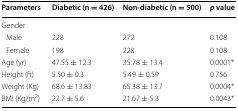
<table><thead><tr><td><b>Parameters</b></td><td><b>Diabetic (n = 426)</b></td><td><b>Non-diabetic (n = 500)</b></td><td><b><i>p</i> value</b></td></tr></thead><tbody><tr><td colspan="4">Gender</td></tr><tr><td> Male</td><td>228</td><td>272</td><td>0.108</td></tr><tr><td> Female</td><td>198</td><td>228</td><td>0.108</td></tr><tr><td>Age (yr)</td><td>47.55 ± 12.3</td><td>35.78 ± 13.4</td><td>0.0001*</td></tr><tr><td>Height (ft)</td><td>5.50 ± 0.3</td><td>5.49 ± 0.59</td><td>0.756</td></tr><tr><td>Weight (Kg)</td><td>68.6 ± 13.83</td><td>65.38 ± 13.7</td><td>0.0004*</td></tr><tr><td>BMI (Kg/m<sup>2</sup>)</td><td>22.7 ± 5.6</td><td>21.67 ± 5.3</td><td>0.0043*</td></tr></tbody></table>